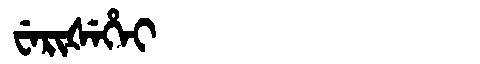
Manchu: ᠸᡝᡵᡳᡧᡝᡥᡝᡳ
Romanization: WERIŠEHEI